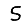
Digit: 5